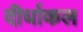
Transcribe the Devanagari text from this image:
दीर्घाकल